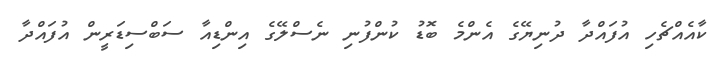
ކާއެއްޗެހި އުފައްދާ ދުނިޔޭގެ އެންމެ ބޮޑު ކުންފުނި ނެސްލޭގެ އިންޑިއާ ސަބްސިޑަރީން އުފައްދާ